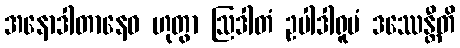
အနောဒါတာနေဝ ဟုတွာ ဩဒါတံ ဥပါဒါရူပံ ဒဿေန္တီတိ